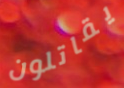
يقاتلون